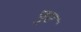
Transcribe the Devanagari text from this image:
पुए